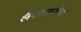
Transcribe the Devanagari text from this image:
लैशाङथेम